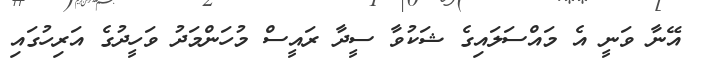
އޭނާ ވަނީ އެ މައްސަލައިގެ ޝަކުވާ ސީދާ ރައީސް މުހަންމަދު ވަހީދުގެ އަރިހުގައި